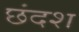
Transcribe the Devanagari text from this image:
छंदश